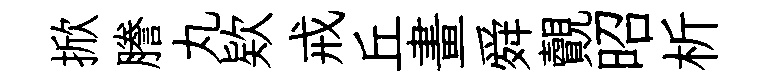
掀謄丸欵戒丘畫舜覿昭析